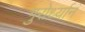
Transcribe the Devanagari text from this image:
गुरोर्ध्यानं